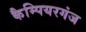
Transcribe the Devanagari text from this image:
कैम्पियरगंज